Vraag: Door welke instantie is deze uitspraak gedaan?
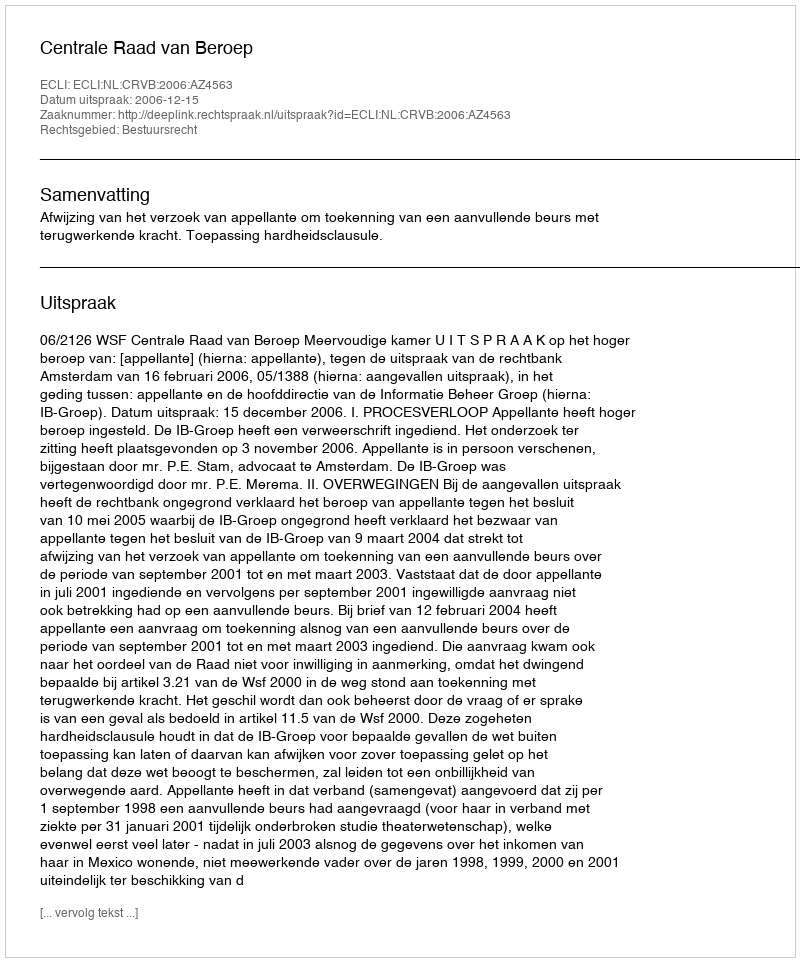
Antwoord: Centrale Raad van Beroep